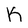
Character: K